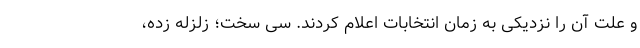
و علت آن را نزدیکی به زمان انتخابات اعلام کردند. سی سخت؛ زلزله زده،